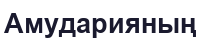
Амударияның